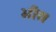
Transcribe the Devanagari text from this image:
भीर।